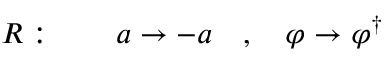
R : \qquad a \rightarrow - a \quad , \quad \varphi \rightarrow \varphi ^ { \dagger }